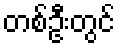
တစ်ဦးတွင်